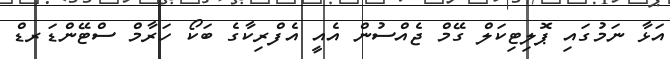
އަޅާ ނަމުގައި ޕޮލިޓިކަލް ގޭމް ޖެއްސުން އެއީ އެފްރިކާގެ ބަކޯ ހަރާމް ސްޓޭންޑަރޑް